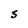
Character: S